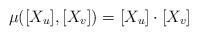
LaTeX: \begin{align*} \mu([X_u], [X_v]) = [X_u] \cdot [X_v]\end{align*}